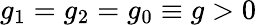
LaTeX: g_{1}=g_{2}=g_{0}\equiv g>0